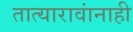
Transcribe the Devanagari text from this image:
तात्यारावांनाही